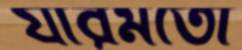
যারমতো